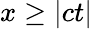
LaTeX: x\ge|ct|